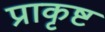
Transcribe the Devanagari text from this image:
प्राकृष्ट